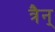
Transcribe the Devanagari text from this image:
त्रैन्